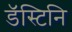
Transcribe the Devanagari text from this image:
डॅस्टिनि